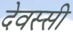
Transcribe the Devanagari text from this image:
देवस्सी